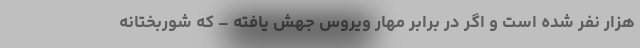
هزار نفر شده است و اگر در برابر مهار ویروس جهش یافته – که شوربختانه